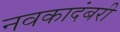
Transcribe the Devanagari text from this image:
नवकादंबरी